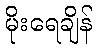
မိုးရေချိန်